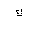
Letter: _kaf